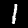
Label: 1